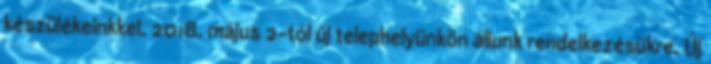
készülékeinkkel. 2018. május 2-tól új telephelyünkön állunk rendelkezésükre. Új